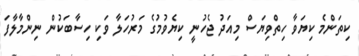
ކިތަންމެ ކިޔަވާ ހިތްވިޔަސް މިއަދު ޖެހުނީ ކިޔެވުމުގެ މަރުހަލާ ވަކި ހިސާބަކުން ނިންމާލާފަ